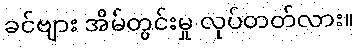
ခင်ဗျား အိမ်တွင်းမှု လုပ်တတ်လား။